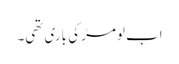
اب لومڑ کی باری تھی۔